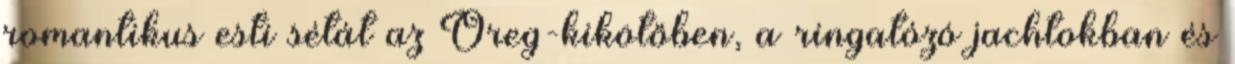
romantikus esti sétát az Öreg-kikötőben, a ringatózó jachtokban és